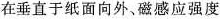
在垂直于纸面向外、磁感应强度